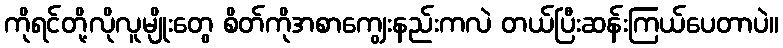
ကိုရင်တို့လိုလူမျိုးတွေ စိတ်ကိုအစာကျွေးနည်းကလဲ တယ်ပြီးဆန်းကြယ်ပေတာပဲ။